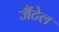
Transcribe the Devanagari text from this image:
जैंटेल